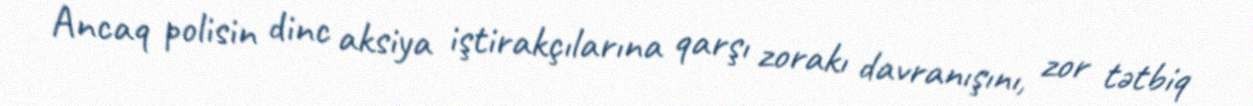
Ancaq polisin dinc aksiya iştirakçılarına qarşı zorakı davranışını, zor tətbiq